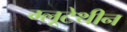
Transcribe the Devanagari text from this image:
ग्लूटेथीन